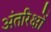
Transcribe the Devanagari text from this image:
अंतरिक्षों